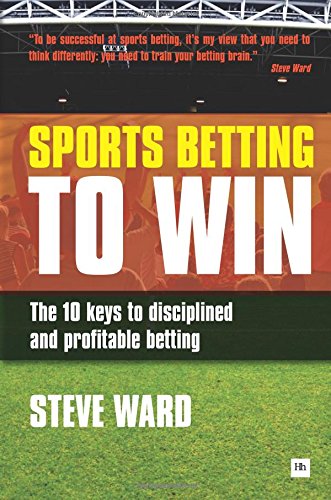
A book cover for Sports Betting to Win: The 10 keys to disciplined and profitable betting; Steve Ward; Humor & Entertainment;